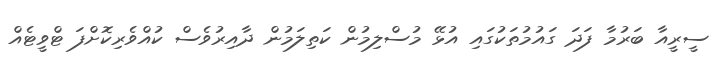
ސީރީއާ ބަރުމާ ފަދަ ގައުމުތަކުގައި އުޅޭ މުސްލިމުން ކަތިލަމުން ދާއިރުވެސް ކުއްވެރިކޮށްފަ ޓްވީޓެއް